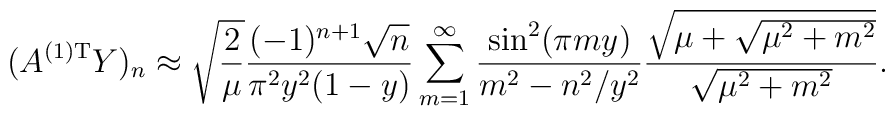
(A^{(1) {\rm T}} Y)_n\approx \sqrt{\frac{2}{\mu}}\frac{(-1)^{n+1} \sqrt{n}}{\pi^2 y^2 (1-y)}\sum_{m=1}^\infty\frac{ \sin^2 (\pi m y)}{m^2 - n^2/y^2}\frac{\sqrt{\mu + \sqrt{\mu^2 + m^2}}}{\sqrt{\mu^2 + m^2}}.